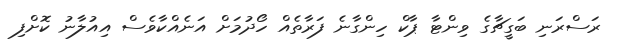
ރަސްރަނި ބަގީޗާގެ ވިންޓާ ޕާކް ހިންގާނެ ފަރާތެއް ހޯދުމަށް އަނެއްކާވެސް އިއުލާނު ކޮށްފި